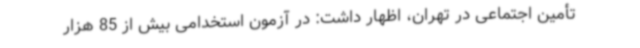
تأمین اجتماعی در تهران، اظهار داشت: در آزمون استخدامی بیش از 85 هزار